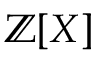
\mathbb { Z } [ X ]